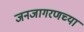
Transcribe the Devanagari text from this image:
जनजागरणच्या